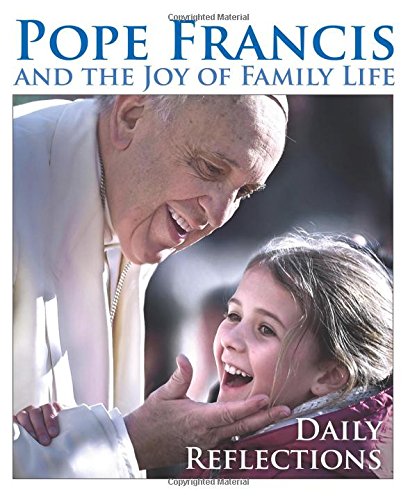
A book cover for Pope Francis and the Joy of Family Life: Daily Reflections; Pope Francis; Christian Books & Bibles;